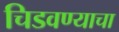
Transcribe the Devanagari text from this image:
चिडवण्याचा